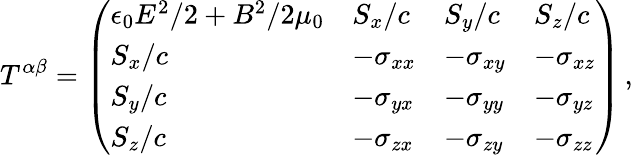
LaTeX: T^{\alpha\beta}={\left(\begin{array}{llll}{\epsilon_{0}E^{2}/2+B^{2}/2\mu_{0}}&{S_{x}/c}&{S_{y}/c}&{S_{z}/c}\\ {S_{x}/c}&{-\sigma_{xx}}&{-\sigma_{xy}}&{-\sigma_{xz}}\\ {S_{y}/c}&{-\sigma_{yx}}&{-\sigma_{yy}}&{-\sigma_{yz}}\\ {S_{z}/c}&{-\sigma_{zx}}&{-\sigma_{zy}}&{-\sigma_{zz}}\end{array}\right)}\, ,